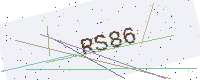
Text: RS86